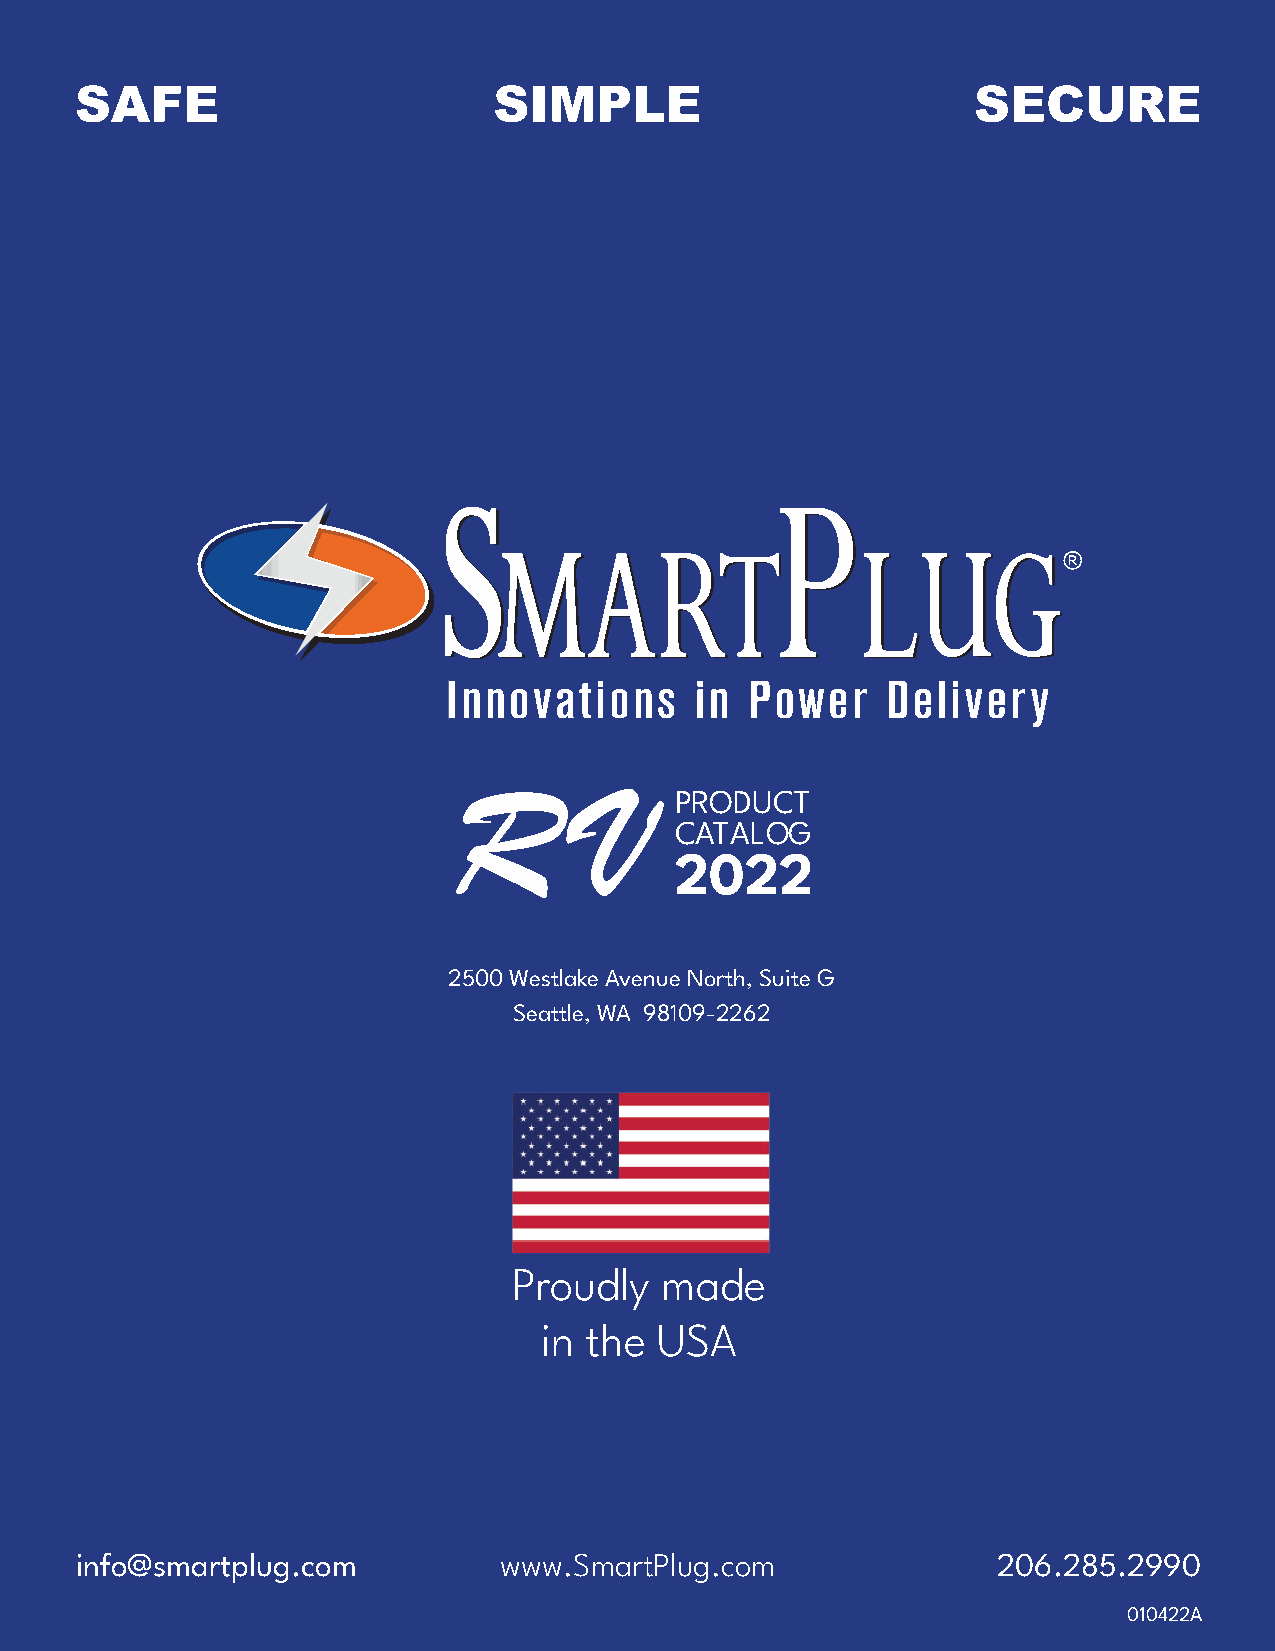
SAFE                        SIMPLE                         SECURE
 R        V     PRODUCT
 CATALOG
 2022
 2500 Westlake Avenue North, Suite G
 Seattle, WA 98109-2262
 Proudly   made
 in the  USA
 info@smartplug.com          www.SmartPlug.com                206.285.2990
 010422A